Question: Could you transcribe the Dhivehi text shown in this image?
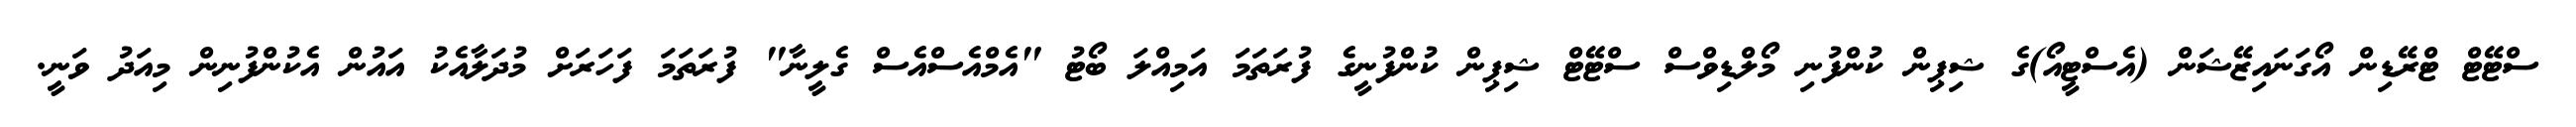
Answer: ސްޓޭޓް ޓްރޭޑިން އޯގަނައިޒޭޝަން (އެސްޓީއޯ)ގެ ޝިޕިން ކުންފުނި މޯލްޑިވްސް ސްޓޭޓް ޝިޕިން ކުންފުނީގެ ފުރަތަމަ އަމިއްލަ ބޯޓު "އެމްއެސްއެސް ގެލީނާ" ފުރަތަމަ ފަހަރަށް މުދަލާއެކު އައުން އެކުންފުނިން މިއަދު ވަނީ.